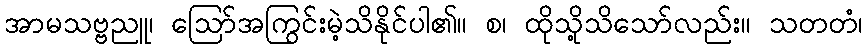
အာမသဗ္ဗညူ၊ ဩော်အကြွင်းမဲ့သိနိုင်ပါ၏။ စ၊ ထိုသို့သိသော်လည်း။ သတတံ၊